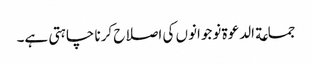
جماعة الدعوة نوجوانوں کی اصلاح کرنا چاہتی ہے۔